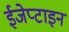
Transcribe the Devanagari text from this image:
ईजेप्टाइन